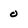
Character: 0